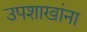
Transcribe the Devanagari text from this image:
उपशाखांना